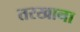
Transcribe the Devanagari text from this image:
तरखाना